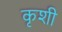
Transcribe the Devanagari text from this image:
कृशी